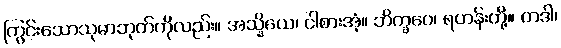
ကြွင်းသောသုဓာဘုတ်ကိုလည်း။ အသ္နိယေ၊ ငါစားအံ့။ ဘိက္ခဝေ၊ ရဟန်းတို့။ တဒါ၊